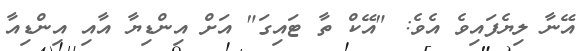
އޭނާ ލިޔެފައިވެ އެވެ: "އޭކް ތާ ޓައިގަ" އަށް އިންޑިޔާ އާއި އިންޑިއާ